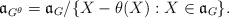
\begin{align*}\mathfrak{a}_{G^{\theta}} = \mathfrak{a}_{G} / \{ X - \theta(X): X \in \mathfrak{a}_{G}\}.\end{align*}